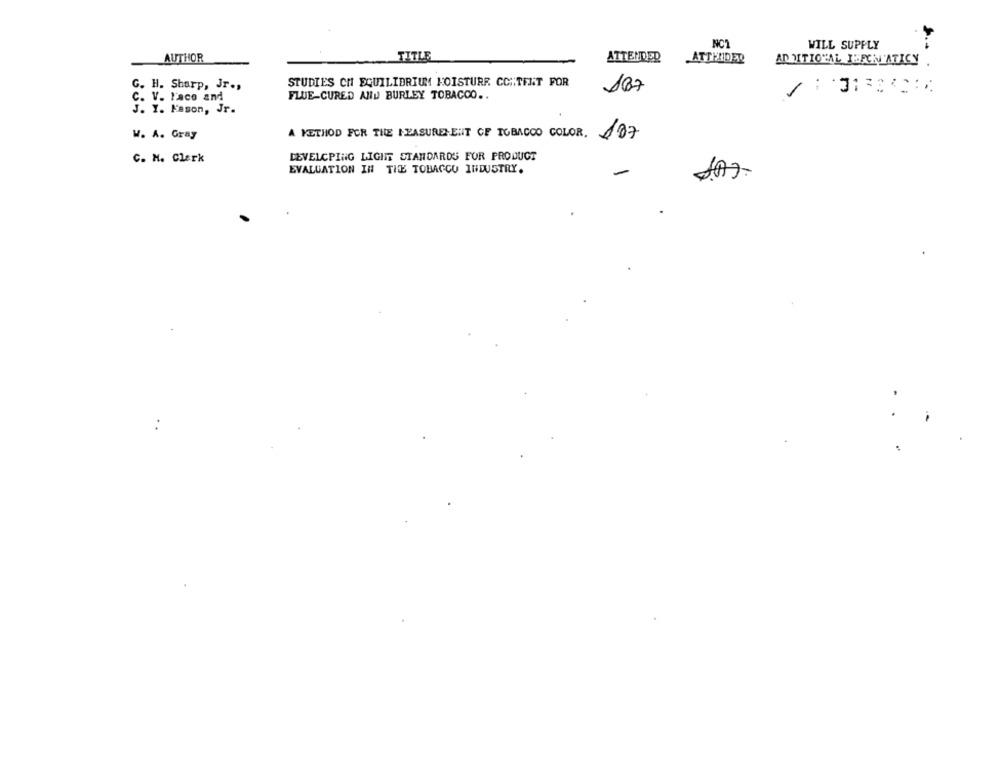
NC1
WILL SUPPLY
AUTHOR
TITLE
ATTENDED
ATTERDER
ADDITIONAL IEFCN'ATICY
STUDIES CH EQUILIBRIUM KOISTURE CCA.TENT FOR
G. H. Sharp, Jr .,
167
C. V. Paco and
FLUE-CURED AND BURLEY TOBACCO ..
J. I. Fason, Jr.
W. A. Gray
A METHOD FOR THE MEASUREMENT OF TOBACCO COLOR. 187
C. H. Clerk
DEVELOPING LIGHT STANDARDS FOR PRODUCT
EVALUATION IN THE TOBACCO INDUSTRY.